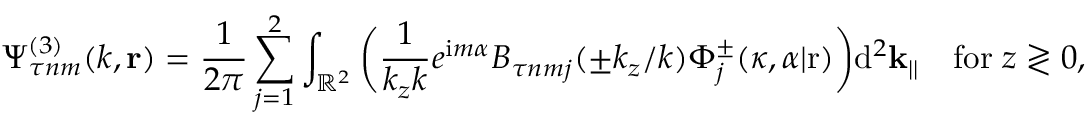
\Psi _ { \tau n m } ^ { ( 3 ) } ( k , \mathbf { r } ) = \frac { 1 } { 2 \pi } \sum _ { j = 1 } ^ { 2 } \int _ { \mathbb { R } ^ { 2 } } \bigg ( \frac { 1 } { k _ { z } k } e ^ { \mathrm { i } m \alpha } B _ { \tau n m j } ( \pm k _ { z } / k ) \Phi _ { j } ^ { \pm } ( \kappa , \alpha | \mathrm { r } ) \bigg ) \mathrm { d } ^ { 2 } \mathbf { k } _ { | | } \quad \mathrm { f o r } \; z \gtrless 0 ,